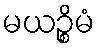
မယဉ္စိမံ